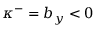
\kappa ^ { - } = b _ { y } < 0